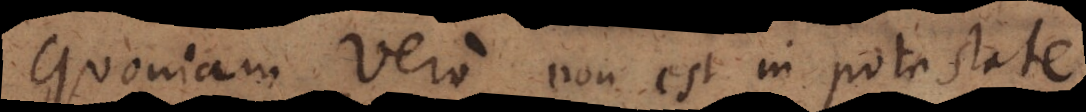
Quoniam vero non est in potestate